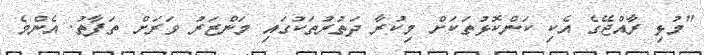
"މުޅި ރާއްޖޭގެ އެކި ކަންކޮޅުތަކަށް މިކުރާ ދަތުރުތަކުގައި މަންޒަރު ވަރަށް ތަފާތު. އެންމެ